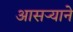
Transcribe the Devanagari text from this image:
आसर्‍याने